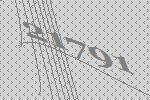
21791